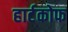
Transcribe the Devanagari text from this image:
हार्टकोफ